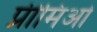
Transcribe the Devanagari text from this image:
प्रीमिओ